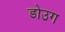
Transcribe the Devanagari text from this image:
डोउग